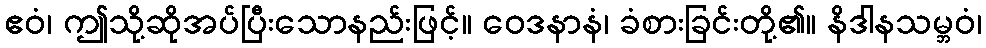
ဧဝံ၊ ဤသို့ဆိုအပ်ပြီးသောနည်းဖြင့်။ ဝေဒနာနံ၊ ခံစားခြင်းတို့၏။ နိဒါနသမ္ဘဝံ၊